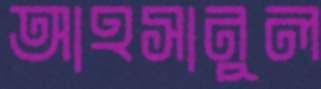
আহসানুল